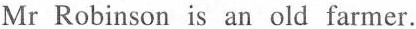
Mr Robinson is an old farmer.